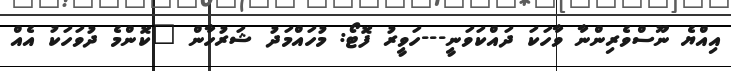
އިއްޔެ ނޫސްވެރިންނާ ވާހަކަ ދައްކަވަނީ---ހަވީރު ފޮޓޯ: މުހައްމަދު ޝަރުހާން "ކޮންމެ ދުވަހަކު އެއް